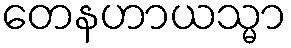
တေနဟာယသ္မာ